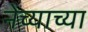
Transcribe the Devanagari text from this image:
नेच्याच्या